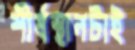
শীর্ষস্থানটাই